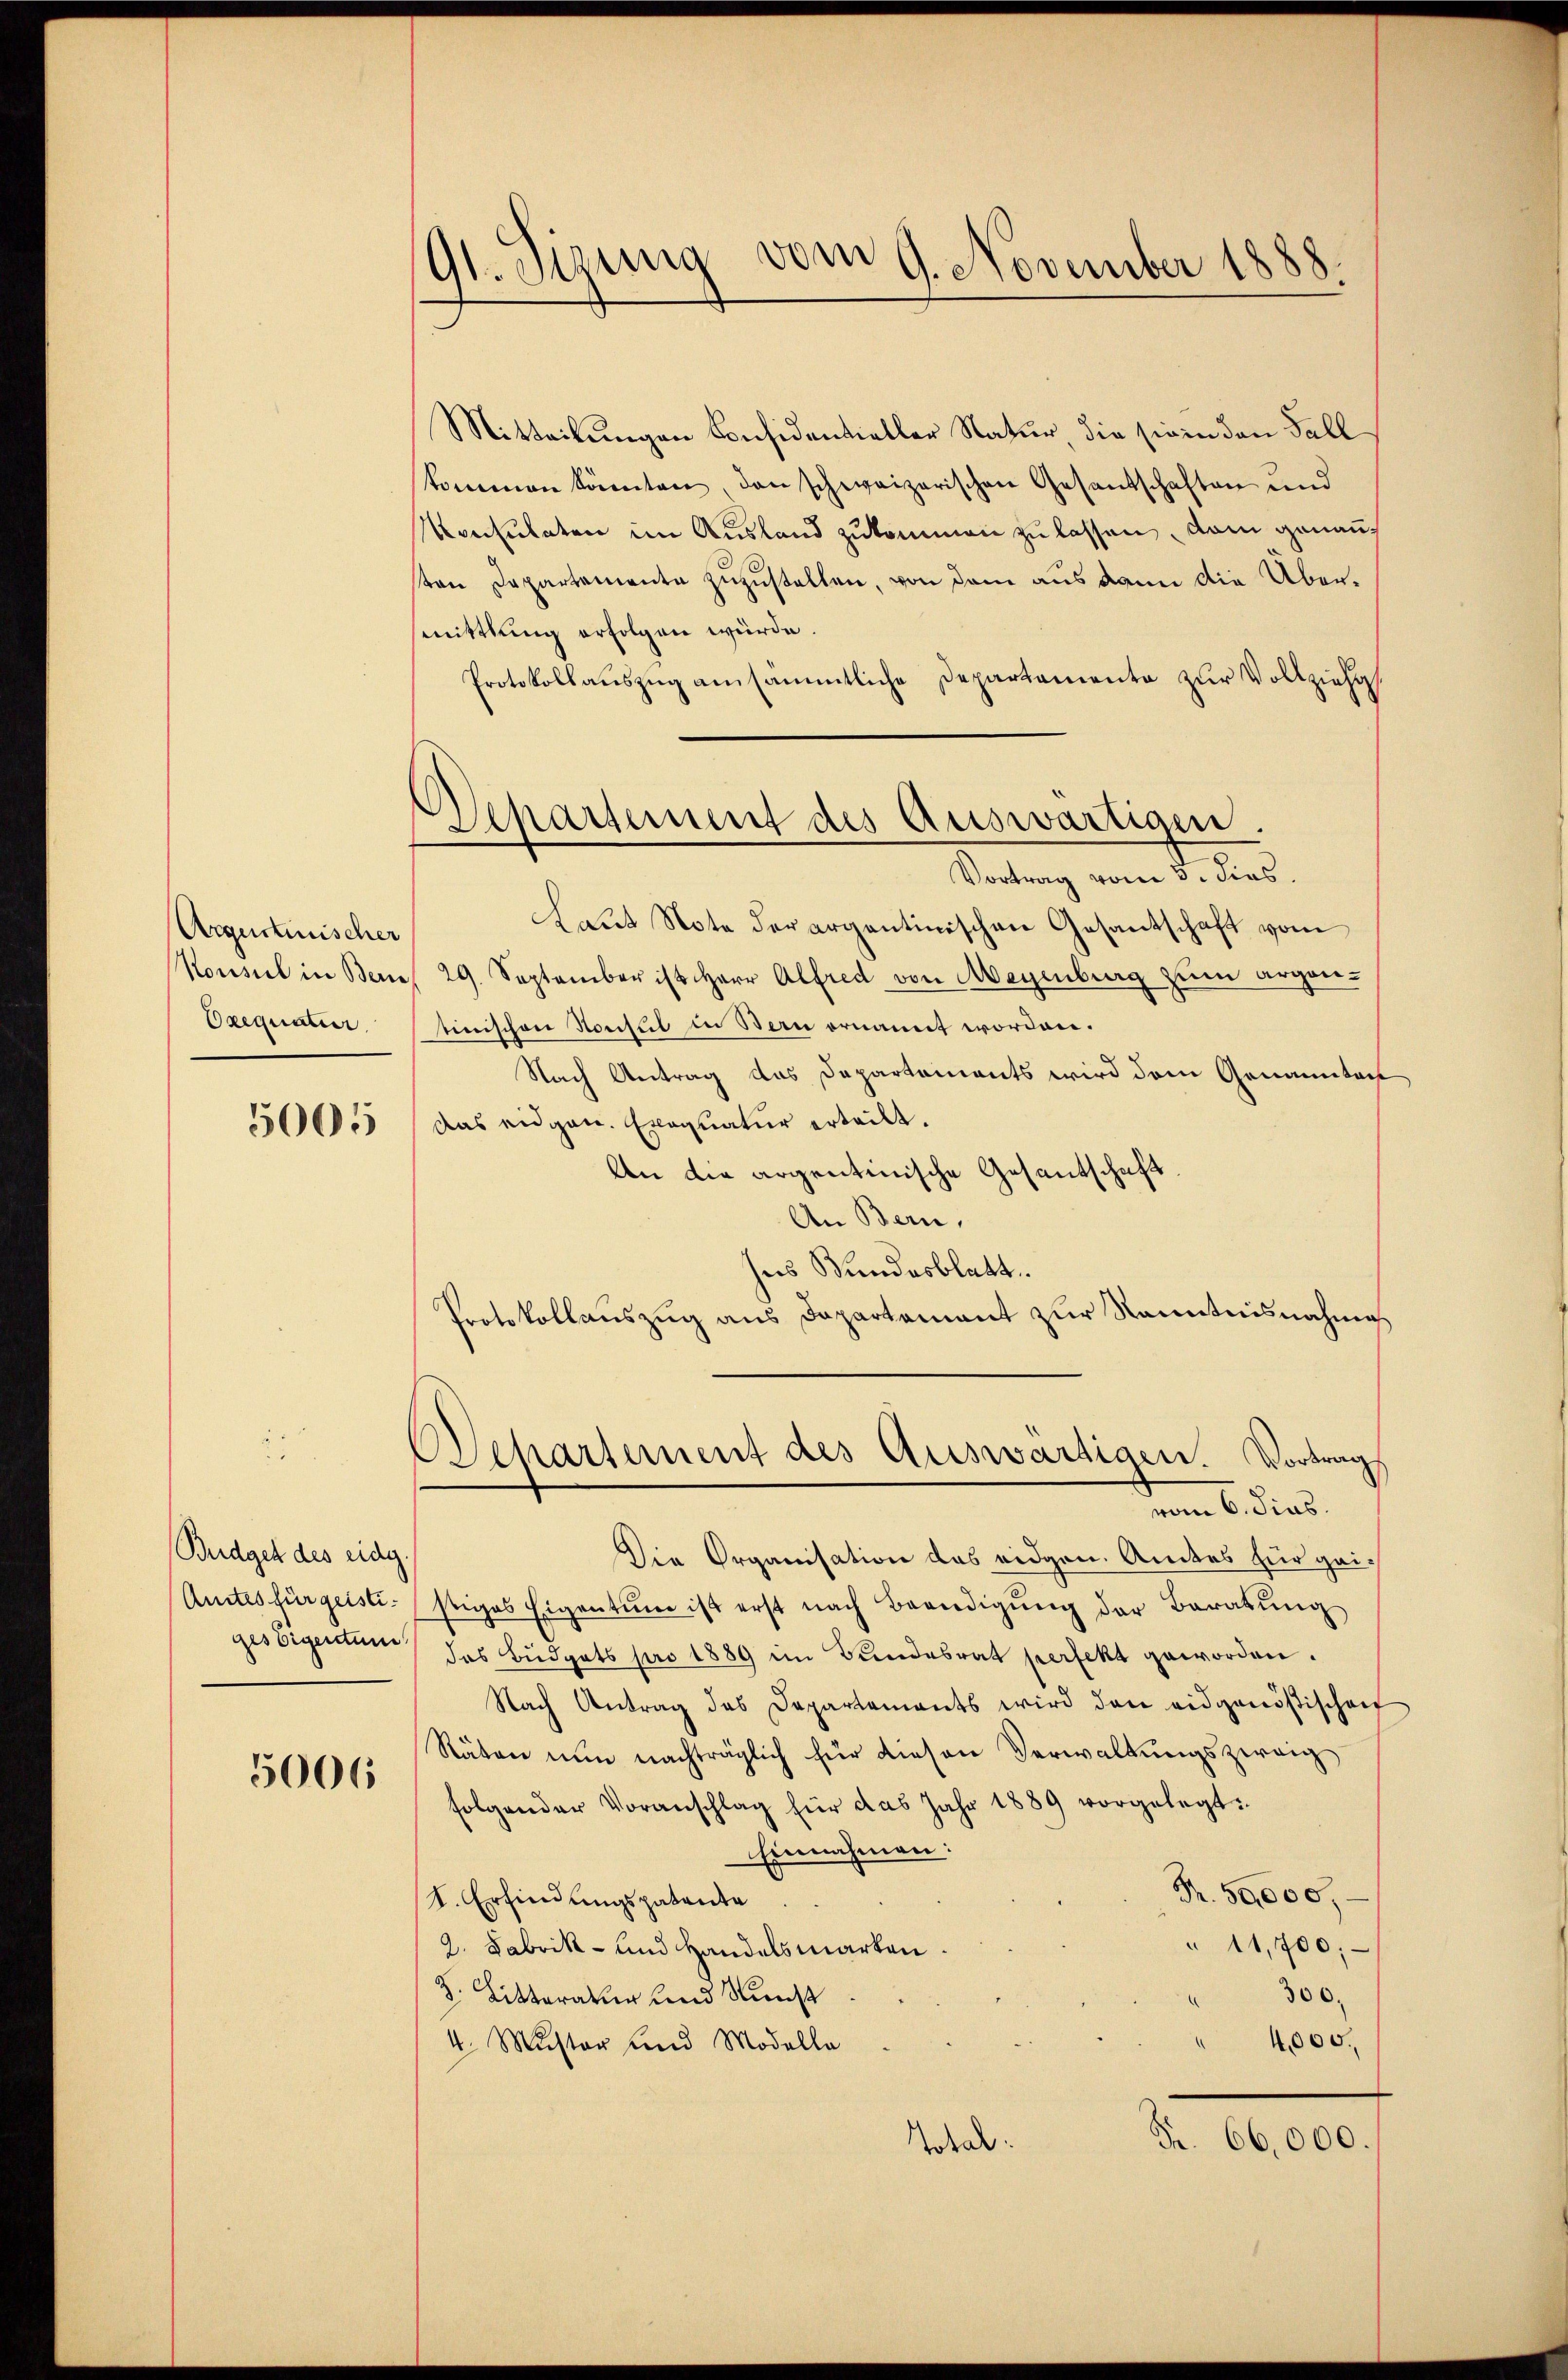
Argentinischer
Oxequatur

5005

Budget des eidg.

5006

191. Sizung vom 9. November 1888.

Departement des Auswärtigen.

Mitteilungen Considentieller Natur, die sie in den Fall
skommen könnten, den schweizerischen Gesandschaften und
onsulaten im Ausland zukommen zu lassen, dam genauten Departemente zuzustellen, von dem aus dann die Übermittlung erfolgen würde.
Protokollauszug ansämmtliche Departamente zur Vollziehu
Vortrag vom 3. dies
Laut Note der argentinischen Gesantschaft vom
Konsuel in Bern 29. September ist Herr Alfred von Meyenburg zŭm argon-
tinischen Konsul in Stern ornannt worden.
Nach Antrag das Departements wird dem Genanntacht
Das eidgen. Exequatur erteilt.
An die argentinische Gesandtschaft
An Bern,
ses Bundesblatt.
Protokollauszug aus Dapartamant zur Kenntnisnahme
Departement des Auswärtigen. Vortrags
vom 6. dies
Die Organisation des eidgen. Amtes für gei¬
Amtes für geististiges Eigentum ist erst nach Beendigŭng der Beratŭng
ges Eigentum das Budgets pro 1889 im Bundesrat perfekt geworden.
Nach Antrag des Departements wird den eidgenößischenf
Räten nun nachträglich für diesen Verwaltungszweig
folgender Voranschlag für das Jahr 1889 vorgelegt:
Einnahmen:
Fr. 50,000.
S. Erfindungspatente
"11,700;
2. Fabrik- und Handelsmarken
3. Litteraver und Kunst
300.
4,000.
4. Muster und Modella
Fr. 66000.
Noral.